Vital statistics of India. Vol. IV, Annual returns from 1871 to 1876. British Army of India, Native Army and jails of Bengal
Year: 1871
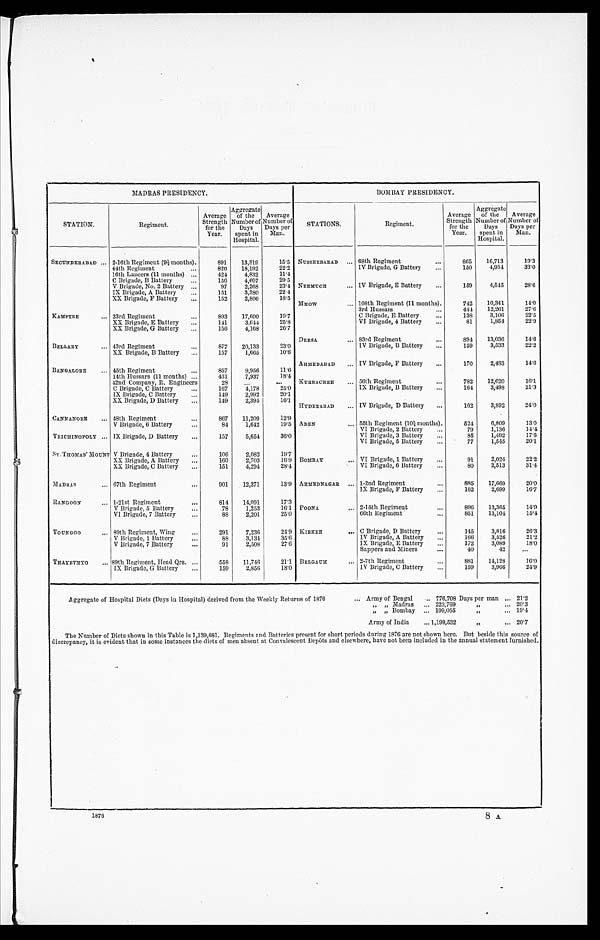
MADRAS PRESIDENCY.
BOMBAY PRESIDENCY.
STATION.
Regiment.
Average
Strength for the
Year.
Aggregate of the
Number of
Days
spent in
Hospital.
Average
Number of
Days per
Man. STATIONS.
Regiment.
Average
Strength for the
Year.
Aggregate of the
Number of
Days
spent in
Hospital.
Average
Number of
Days per
Man.
SECUNDERABAD 2-16th Regiment (9½ months). 891 13, 819 15. 05 NUSSEERAB AD 68th Regiment
865 16, 713 1 9 . 3
44th Regiment
8 2 0 18, 192 22. 2
IV Brigade, G Battery
150 4, 954 3 3 . 0
16th Lancers (11 months)
424 4, 832 11. 4
C Brigade, B Battery
156 4, 607 29. 5
V Brigade, No. 2 Battery
97 2, 268 234 NEEMUCH IV Brigade, E Battery
159 4, 545 2 8 . 6
IX Brigade, A Battery
151 3, 380 22.4
XX Brigade, F Battery
152 2, 806 18. 5 MHOW, 108th Regiment (11 months), 742 10, 341 1 4 . 0
3rd Hussars
4 4 4 12, 261 2 7 . 6
KAMPTE 33rd Regiment
893 17, 600 19. 7
C Brigade, E Battery
138 3, 106 2 2 . 5
XX Brigade, E Battery
141 3, 644 25. 8
VI Brigade, 4 Battery
81 1, 854 2 2 . 9
XX Brigade, G Battery
156 4, 168 26. 7 DEESA 83rd Regiment
894 13, 036 1 4 . 6
BELLARY
'
43rd Regiment
20, 133 23. 0
IV Brigade, B Battery 159 3, 533 2 2 . 2
XX Brigade, B Battery
157 1, 665 10. 6 AHMEDABAD IV Brigade, F Battery
170 2, 483 1 4 . 6
BANGALORE
45th Regiment
857 9, 956 11. 6
14th Hussars (11 months)
431 7, 937
1 8 . 4
42nd Company, R. Engineers 28
KURRACHEE 56th Regiment
12, 620 1 6 . 1
C Brigade, C Battery
167 4, 178 25. 0
IX Brigade, B Battery
164 3, 498 2 1 . 3
IX Brigade, C Battery 149 2, 992 20. 1
XX Brigade, D Battery
149 2, 394 16. 1 HYDERABAD IV Brigade, D Battery
162 3, 892 2 4 . 0
CANNANORE 48th Regiment
11, 209 12. 9
V Brigade,6 Battery
84 1, 642 19. 5 ADEN
55th Regiment (10½months). 524 6, 809 1 3 . 0
VI Brigade, 2 Battery
79 1, 136 1 4 . 4
TRICHINOPOLY IX Brigade, D Battery
157 5, 654 36. 0
VI Brigade, 3 Battery
85 1, 492 1 7 . 5
VI Brigade, 5 Battery
77 1, 545 2 0 . 1
ST. THOMAS' MOUNT V Brigade, 4 Battery
2, 082 19. 7
XX Brigade, A Battery
160 2, 703 16.9 BOMBAY VI Brigade, 1 Battery
91 2, 024 2 2 . 2
XX Brigade, C Battery
151 4, 294 28. 4
VI Brigade, 6 Battery
80 2, 513 3 1 . 4
MADRAS
67th Regiment
901 12, 371 13. 9 AHMEDNAGAR 1-2nd Regiment
885 17, 669 20. 0
IX Brigade, F Battery
162 2, 699 1 6 . 7
RANGOON... 1-21st Regiment
814 14, 091 17. 3
V Brigade, 5 Battery
78 1, 253 16. 1 POONA.
2-15th Regiment
896 13, 305 1 4 . 9
VI Brigade, 7 Battery
88 2, 201 25. 0
66th Regiment
13, 104 1 5 . 4
TO UNGOO 89th Regiment, Wing
291 7, 236 24. 9 KIRKEE C Brigade, D Battery
3, 816 2 6 . 3
V Brigade, 1 Battery
88 3, 134 35. 6
IV Brigade, A Battery
166 3, 520 2 1 . 2
-•
V Brigade, 7 Battery
91 2, 508 27. 6
IX Brigade, E Battery
172 3, 089 1 8 . 0
Sappers and Miners
40 42
THAYETMY 89th Regiment, Head Qrs. 558 11, 746 21. 1 BELGAUM 2.7th Regiment
8 8 1 14, 128 1 6 . 0
IX Brigade, G Battery
159 2, 856 18. 0
IV Brigade, C Battery
159 3, 966 2 4 . 9
Aggregate of Hospital Diets (Days in Hospital) derived from the Weekly Returns of 1876
Army of Bengal776,708 Days per man 21. 2
20' 3
" "Madras 223, 769
" " Bombay199,055
" "
. . . 19. 4
Army of India1,199,532
" 20. 7
The Number of Diets shown in this Table is 1,139,681. Regiments and Batteries present for short periods during 1878 are not shown here. But beside this source of
discrepancy, it is evident that in some instances the diets of men absent at Convalescent Depots and elsewhere, have not been included in the annual statement furnished.